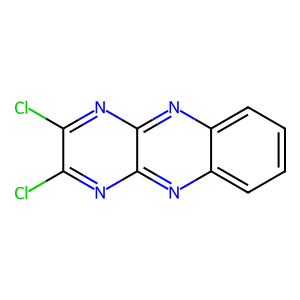
SMILES: Clc1nc2nc3ccccc3nc2nc1Cl
Inhibits HIV replication: No